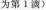
为第1滴)